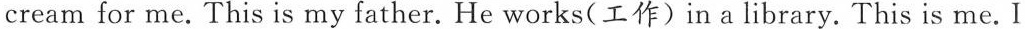
cream for me. This is my father.He works(工作) in a library.This is me.I